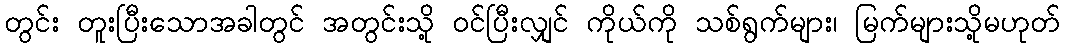
တွင်း တူးပြီးသောအခါတွင် အတွင်းသို့ ဝင်ပြီးလျှင် ကိုယ်ကို သစ်ရွက်များ၊ မြက်များသို့မဟုတ်